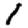
Digit: 1